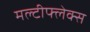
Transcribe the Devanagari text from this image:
मल्टीफ्लेक्स